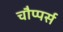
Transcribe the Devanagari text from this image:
चौप्पर्स